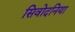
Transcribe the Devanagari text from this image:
सिवोदनिया